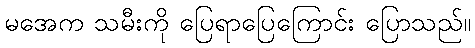
မအေက သမီးကို ပြေရာပြေကြောင်း ပြောသည်။